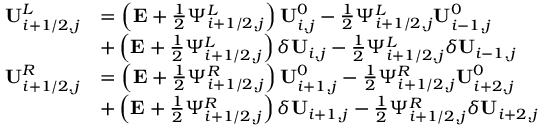
\begin{array} { r l } { \mathbf { U } _ { i + 1 / 2 , j } ^ { L } } & { = \left( \mathbf { E } + \frac { 1 } { 2 } \Psi _ { i + 1 / 2 , j } ^ { L } \right) \mathbf { U } _ { i , j } ^ { 0 } - \frac { 1 } { 2 } \Psi _ { i + 1 / 2 , j } ^ { L } \mathbf { U } _ { i - 1 , j } ^ { 0 } } \\ & { + \left( \mathbf { E } + \frac { 1 } { 2 } \Psi _ { i + 1 / 2 , j } ^ { L } \right) \delta \mathbf { U } _ { i , j } - \frac { 1 } { 2 } \Psi _ { i + 1 / 2 , j } ^ { L } \delta \mathbf { U } _ { i - 1 , j } } \\ { \mathbf { U } _ { i + 1 / 2 , j } ^ { R } } & { = \left( \mathbf { E } + \frac { 1 } { 2 } \Psi _ { i + 1 / 2 , j } ^ { R } \right) \mathbf { U } _ { i + 1 , j } ^ { 0 } - \frac { 1 } { 2 } \Psi _ { i + 1 / 2 , j } ^ { R } \mathbf { U } _ { i + 2 , j } ^ { 0 } } \\ & { + \left( \mathbf { E } + \frac { 1 } { 2 } \Psi _ { i + 1 / 2 , j } ^ { R } \right) \delta \mathbf { U } _ { i + 1 , j } - \frac { 1 } { 2 } \Psi _ { i + 1 / 2 , j } ^ { R } \delta \mathbf { U } _ { i + 2 , j } } \end{array}